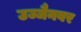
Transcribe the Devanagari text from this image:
उज्जैनवर